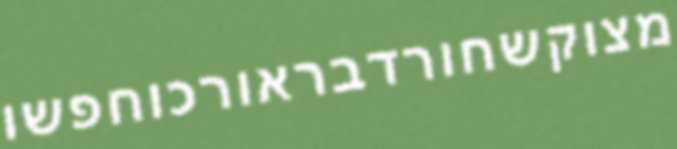
מצוקשחורדבראורכוחפשו